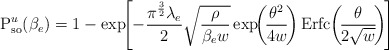
\begin{align*} \textrm{P}_\textrm{so}^{u}(\beta_e) = 1 - \exp \!\! \left[ - \frac{\pi^{\frac{3}{2}}\lambda_e}{2} \sqrt{\frac{\rho}{\beta_e w}} \exp \!\! \left(\! \frac{\theta^2}{4 w} \! \right) \mathrm{Erfc} \! \left( \! \frac{\theta}{2 \sqrt{w}} \! \right ) \! \right]\end{align*}